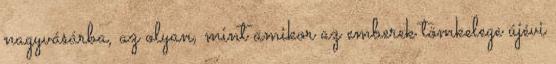
nagyvásárba, az olyan, mint amikor az emberek tömkelege újévi